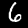
Digit: 6